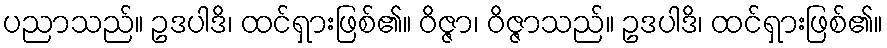
ပညာသည်။ ဥဒပါဒိ၊ ထင်ရှားဖြစ်၏။ ဝိဇ္ဇာ၊ ဝိဇ္ဇာသည်။ ဥဒပါဒိ၊ ထင်ရှားဖြစ်၏။